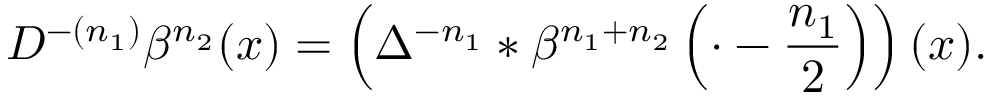
D ^ { - ( n _ { 1 } ) } \beta ^ { n _ { 2 } } ( x ) = \left( \Delta ^ { - n _ { 1 } } * \beta ^ { n _ { 1 } + n _ { 2 } } \left( \cdot - \frac { n _ { 1 } } { 2 } \right) \right) ( x ) .